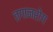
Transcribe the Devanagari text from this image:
तगानरोग